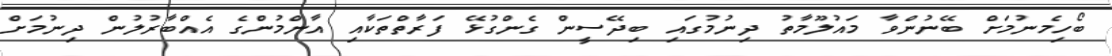
ބޯހިމެނުމަށް ބޭނުންވާ މައުލޫމާތު ދިނުމުގައި ބިދޭސީން ގެންގުޅޭ ފަރާތްތަކާއި އާންމުންގެ އެއްބާރުލުން ދިނުމަށް